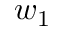
w _ { 1 }